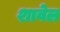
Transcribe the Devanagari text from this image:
शावेल